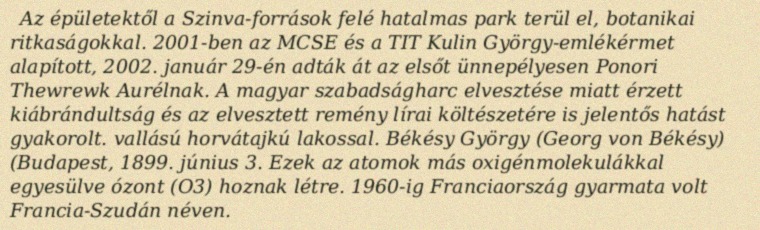
Az épületektől a Szinva-források felé hatalmas park terül el, botanikai ritkaságokkal. 2001-ben az MCSE és a TIT Kulin György-emlékérmet alapított, 2002. január 29-én adták át az elsőt ünnepélyesen Ponori Thewrewk Aurélnak. A magyar szabadságharc elvesztése miatt érzett kiábrándultság és az elvesztett remény lírai költészetére is jelentős hatást gyakorolt. vallású horvátajkú lakossal. Békésy György (Georg von Békésy) (Budapest, 1899. június 3. Ezek az atomok más oxigénmolekulákkal egyesülve ózont (O3) hoznak létre. 1960-ig Franciaország gyarmata volt Francia-Szudán néven.